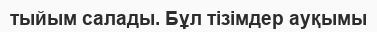
тыйым салады. Бұл тізімдер ауқымы